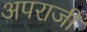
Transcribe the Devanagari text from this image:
अपराजी